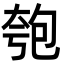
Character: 匏